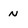
Character: n